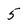
Character: 5